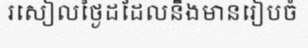
រសៀលថ្ងៃដដែលនឹងមានរៀបចំ